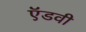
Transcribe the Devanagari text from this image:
ऍडवी